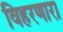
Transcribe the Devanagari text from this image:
विहरणारा